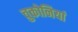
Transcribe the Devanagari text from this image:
चुकोनियां